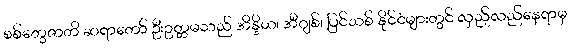
စစ်တွေဇာတိ ဆရာတော် ဦးဥတ္တမသည် အိန္ဒိယ၊ အီဂျစ်၊ ပြင်သစ် နိုင်ငံများတွင် လှည့်လည်နေရာမှ